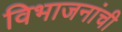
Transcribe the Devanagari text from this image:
विभाजनांची